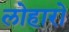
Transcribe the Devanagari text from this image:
लोहारो